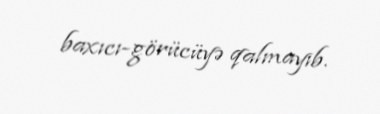
baxıcı-görücüyə qalmayıb.